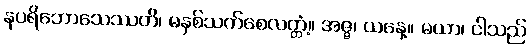
နပရိဘောသေဿတိ၊ မနှစ်သက်စေလတ္တံ့။ အဇ္ဇ၊ ယနေ့။ မယာ၊ ငါသည်